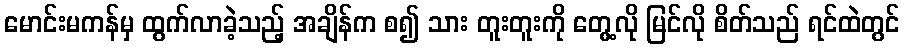
မောင်းမကန်မှ ထွက်လာခဲ့သည့် အချိန်က စ၍ သား တူးတူးကို တွေ့လို မြင်လို စိတ်သည် ရင်ထဲတွင်